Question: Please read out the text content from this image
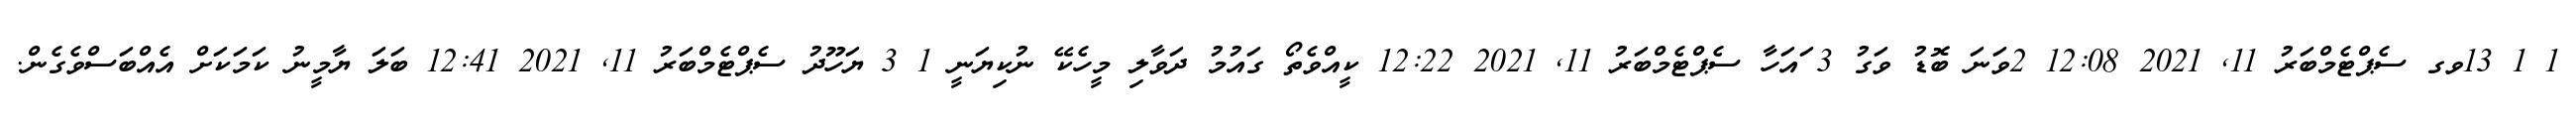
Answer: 1 1 13ވގ ސެޕްޓެމްބަރު 11, 2021 12:08 2ވަނަ ބޮޑު ވަގު 3 ައަހާ ސެޕްޓެމްބަރު 11, 2021 12:22 ކީއްވެތޯ ގައުމު ދަވާލި މީހެކޭ ނުކިޔަނީ 1 3 ޔަހޫދު ސެޕްޓެމްބަރު 11, 2021 12:41 ބަލަ ޔާމީނު ކަމަކަށް އެއްބަސްވެގެން.